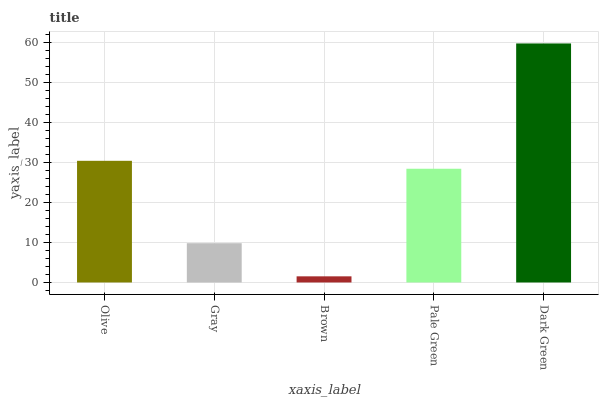
| xaxis_label | bars |
 | --- | --- |
 | Olive | 30.4 |
 | Gray | 9.83 |
 | Brown | 1.54 |
 | Pale Green | 28.5 |
 | Dark Green | 59.8 |